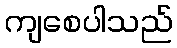
ကျစေပါသည်